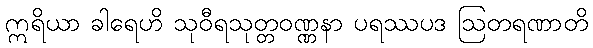
ဣရိယာ ခါရေဟိ သုဝီရသုတ္တဝဏ္ဏနာ ပရဿပဒ ဩတရဏာတိ